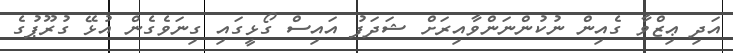
އަދި ޢިޒްވާ ގެއިން ނުކުންނަންވާއިރަށް ޝަދަފު އައިސް ގޯޅީގައި ގިނަވެގެން އުޅޭ ގުރޫޕުގެ